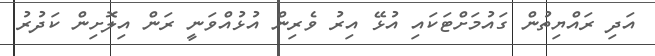
އަދި ރައްޔިތުން ގައުމަށްޓަކައި އުޅޭ އިރު ވެރިން އުޅުއްވަނީ ރަން އިލޮށިން ކަދުރު